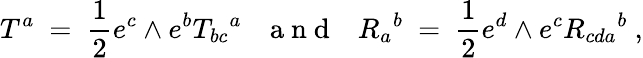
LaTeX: T^{a}\ =\ \frac 12e^{c}\wedge e^{b}T_{bc}{}^{a}{~~~\mathrm{~a~n~d~}~~~}R_{a}{}^{b}\ =\ \frac 12e^{d}\wedge e^{c}R_{cda}{}^{b}~,